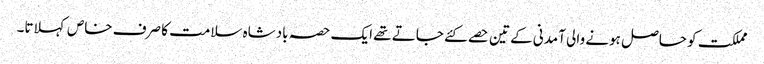
مملکت کو حاصل ہونے والی آمدنی کے تین حصے کئے جاتے تھے ایک حصہ بادشاہ سلامت کا صرف خاص کہلاتا۔